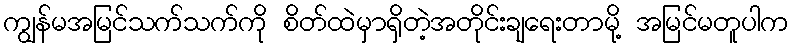
ကျွန်မအမြင်သက်သက်ကို စိတ်ထဲမှာရှိတဲ့အတိုင်းချရေးတာမို့ အမြင်မတူပါက